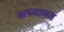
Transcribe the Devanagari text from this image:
अध्यावत